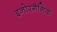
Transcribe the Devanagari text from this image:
इनोरगैनिक